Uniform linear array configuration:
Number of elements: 64
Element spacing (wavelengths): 0.5
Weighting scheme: binomial
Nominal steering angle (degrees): -45
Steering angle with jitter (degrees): -46.697
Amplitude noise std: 0.05
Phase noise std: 0.05

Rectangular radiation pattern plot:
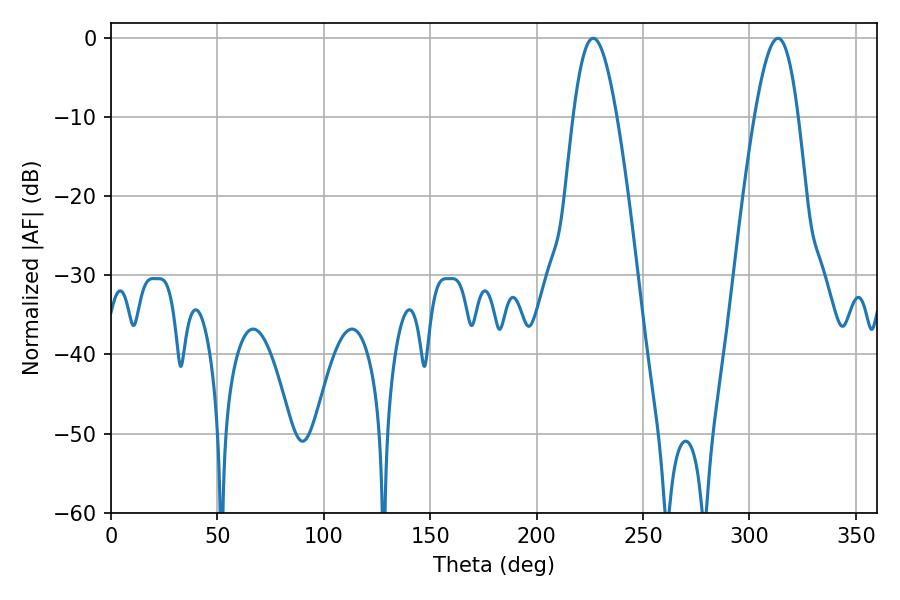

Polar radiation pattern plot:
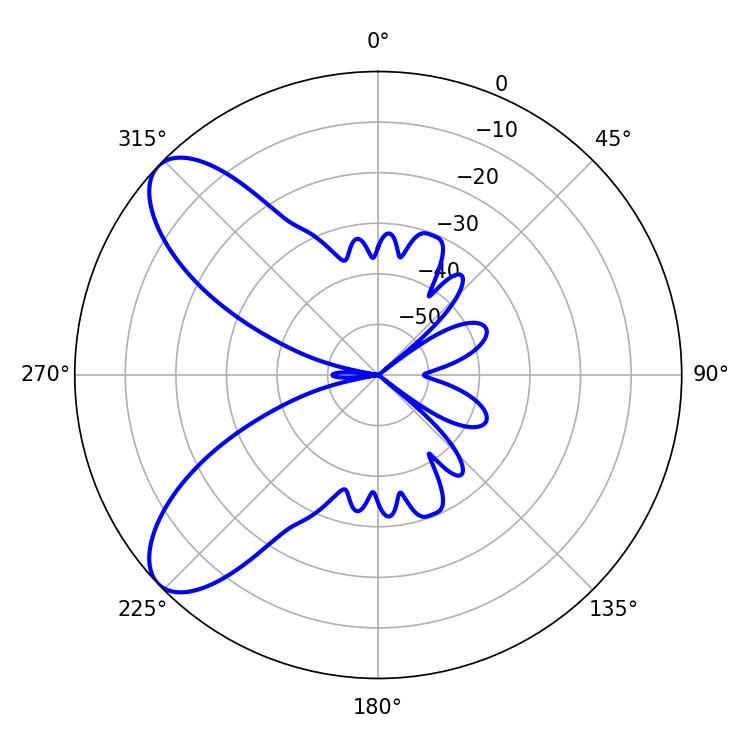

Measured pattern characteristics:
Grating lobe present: FALSE
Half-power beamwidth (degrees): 10.98
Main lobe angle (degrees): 226.62